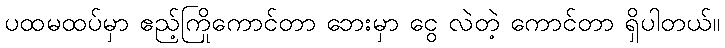
ပထမထပ်မှာ ဧည့်ကြိုကောင်တာ ဘေးမှာ ငွေ လဲတဲ့ ကောင်တာ ရှိပါတယ်။